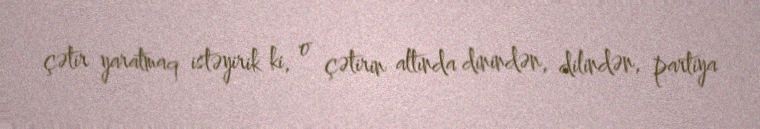
çətir yaratmaq istəyirik ki, o çətirin altında dinindən, dilindən, partiya